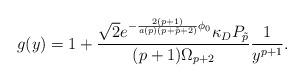
LaTeX: \begin{align*}g(y)=1+{{\sqrt{2}e^{-{{2(p+1)}\over{a(p)(p+\tilde{p}+2)}}\phi_0}\kappa_DP_{\tilde{p}}}\over{(p+1)\Omega_{p+2}}}{1\over{y^{p+1}}}.\end{align*}